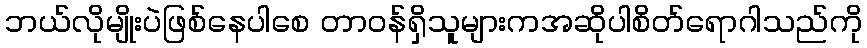
ဘယ်လိုမျိုးပဲဖြစ်နေပါစေ တာဝန်ရှိသူများကအဆိုပါစိတ်ရောဂါသည်ကို